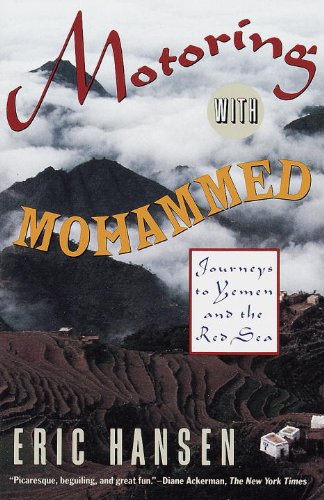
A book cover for Motoring with Mohammed: Journeys to Yemen and the Red Sea; Eric Hansen; Travel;